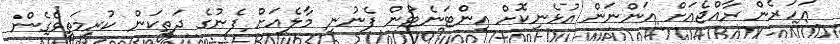
"އަހަރެން ރާއްޖެއަށް އަންނަން އުޅެނިކޮށް އިންޓަނެޓުން ފެނުނީ މާލެއަށް ފެނުގެ ދަތިކަން ކުރިމަތިވެގެން